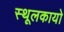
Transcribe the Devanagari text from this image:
स्थूलकायो